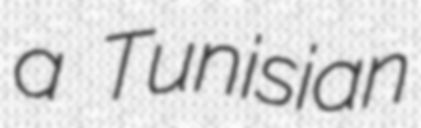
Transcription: a Tunisian